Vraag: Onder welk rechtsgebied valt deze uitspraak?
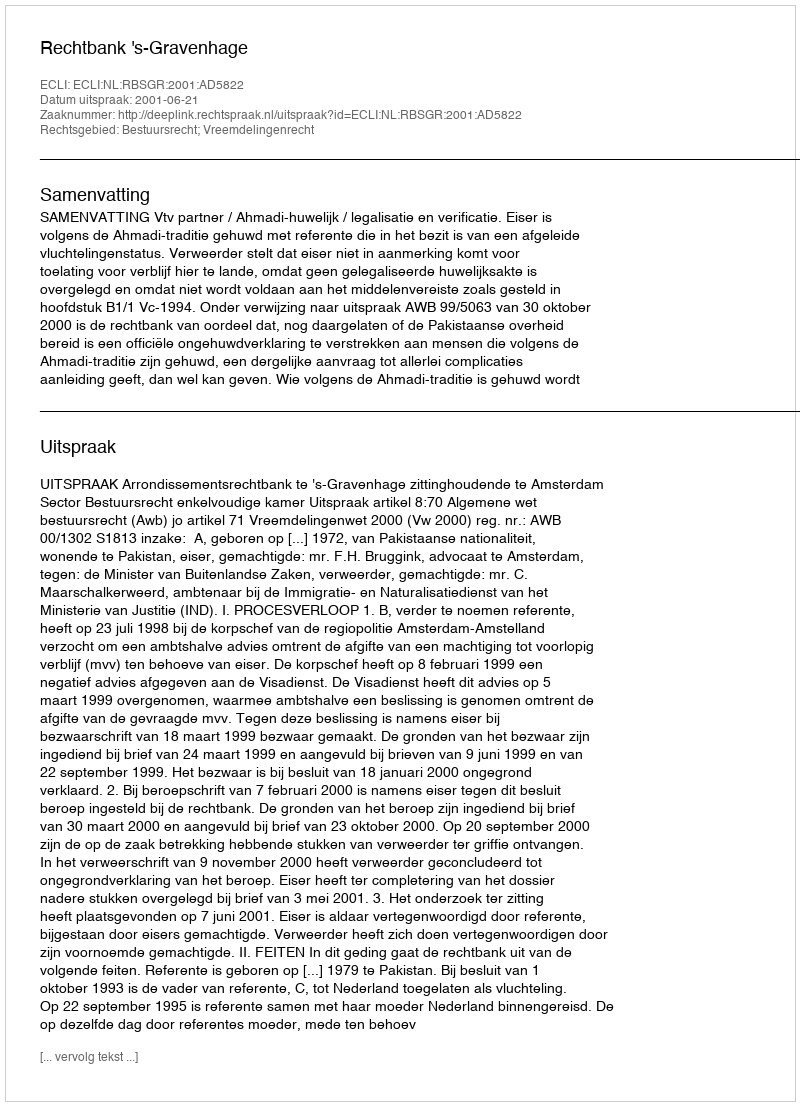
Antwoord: Bestuursrecht; Vreemdelingenrecht